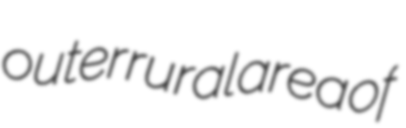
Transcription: outer rural area of